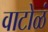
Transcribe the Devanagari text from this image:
वाटोळं